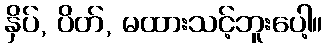
နှိပ်, ပိတ်, မထားသင့်ဘူးပေါ့။